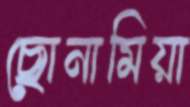
ছোনামিয়া